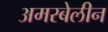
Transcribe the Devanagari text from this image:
अमरबेलीन